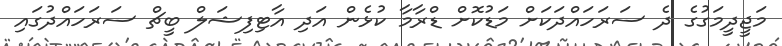
މަޖީދީމަގުގެ ދެ ސަރަހައްދަކަށް މަޑުކޮށް ޑްރާމާ ކުޅެން އަދި އާޓިފިޝަލް ބީޗް ސަރަހައްދުގައި